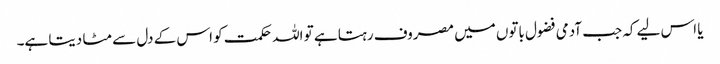
یا اس لیے کہ جب آدمی فضول باتوں میں مصروف رہتا ہے تو اللہ حکمت کو اس کے دل سے مٹا دیتا ہے۔